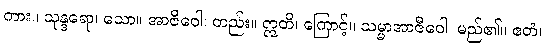
ကား။ သုန္ဒရော၊ သော။ အာဇီဝေါ၊ တည်း။ ဣတိ၊ ကြောင့်။ သမ္မာအာဇီဝေါ၊ မည်၏။ ဧတံ၊